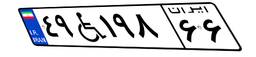
۴۹W۱۹۸۶۶